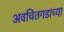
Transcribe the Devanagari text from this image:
अवचितगडाच्या